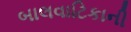
બાલવાટિકાની